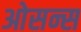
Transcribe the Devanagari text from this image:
ओसन्स